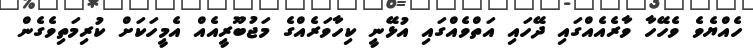
ހެއްޔެވެ ވެހޭހާ ވާރެއެއްގައި ދޭހައި އަތްވެއްގައި އުޅޭނީ ކިހާވަރެއްގެ މަޖުބޫރީއެއް އެމީހަކަށް ކުރިމަތިވެގެން